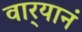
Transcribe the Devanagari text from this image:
वार्‍यानं